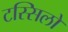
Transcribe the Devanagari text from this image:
टस्सिलो